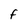
Character: F